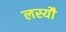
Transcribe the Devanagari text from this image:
लस्यौ